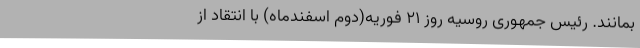
بمانند. رئیس جمهوری روسیه روز ۲۱ فوریه(دوم اسفندماه) با انتقاد از